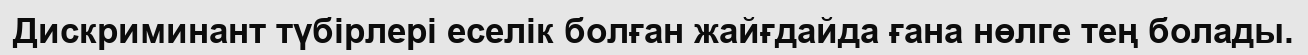
Дискриминант түбірлері еселік болған жайғдайда ғана нөлге тең болады.